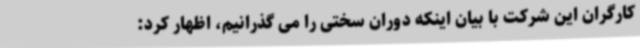
کارگران این شرکت با بیان اینکه دوران سختی را می گذرانیم، اظهار کرد: